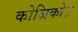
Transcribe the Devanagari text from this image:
कोज़िकोड